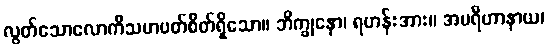
လွတ်သောလောကီသမာပတ်စိတ်ရှိသော။ ဘိက္ခုနော၊ ရဟန်းအား။ အပရိဟာနာယ၊